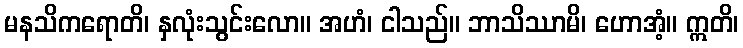
မနသိကရောတိ၊ နှလုံးသွင်းလော။ အဟံ၊ ငါသည်။ ဘာသိဿာမိ၊ ဟောအံ့။ ဣတိ၊